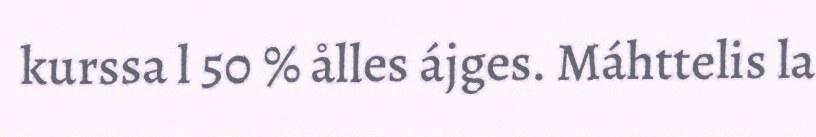
kurssa l 50 % ålles ájges. Máhttelis la